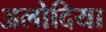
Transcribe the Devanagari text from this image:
अलोदिया